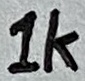
Text: 1K